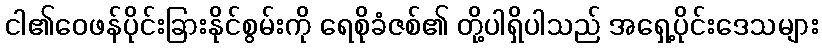
ငါ၏ဝေဖန်ပိုင်းခြားနိုင်စွမ်းကို ရေစိုခံဇစ်၏ တို့ပါရှိပါသည် အရှေ့ပိုင်းဒေသများ